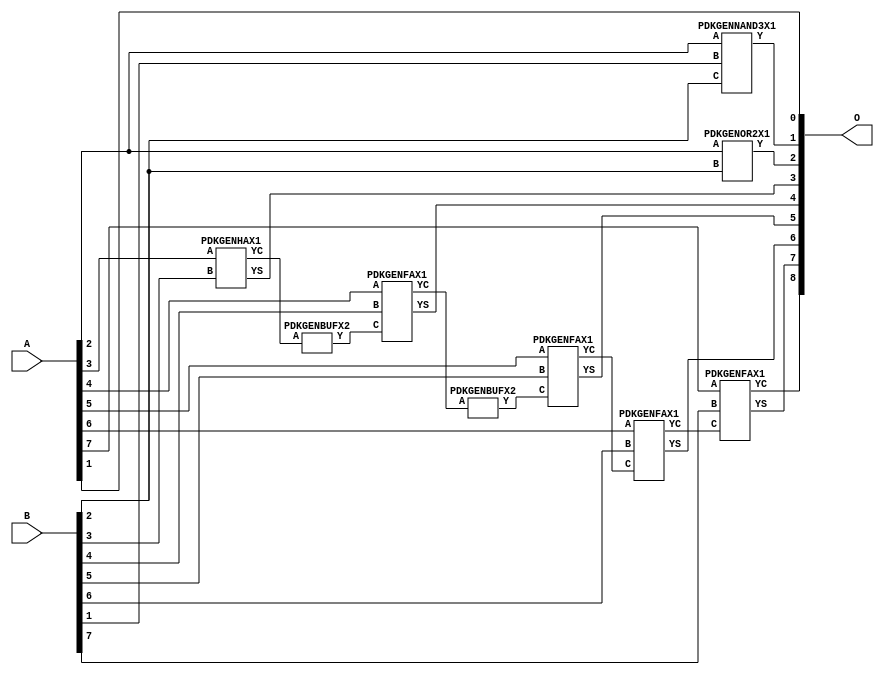
// Library = EvoApprox8b
// Circuit = add8_017
// Area   (180) = 676
// Delay  (180) = 1.120
// Power  (180) = 212.70
// Area   (45) = 50
// Delay  (45) = 0.440
// Power  (45) = 20.21
// Nodes = 9
// HD = 150656
// MAE = 2.21875
// MSE = 10.25000
// MRE = 1.18 %
// WCE = 9
// WCRE = 200 %
// EP = 81.2 %

module add8_017(A, B, O);
  input [7:0] A;
  input [7:0] B;
  output [8:0] O;
  wire [2031:0] N;

  assign N[0] = A[0];
  assign N[1] = A[0];
  assign N[2] = A[1];
  assign N[3] = A[1];
  assign N[4] = A[2];
  assign N[5] = A[2];
  assign N[6] = A[3];
  assign N[7] = A[3];
  assign N[8] = A[4];
  assign N[9] = A[4];
  assign N[10] = A[5];
  assign N[11] = A[5];
  assign N[12] = A[6];
  assign N[13] = A[6];
  assign N[14] = A[7];
  assign N[15] = A[7];
  assign N[16] = B[0];
  assign N[17] = B[0];
  assign N[18] = B[1];
  assign N[19] = B[1];
  assign N[20] = B[2];
  assign N[21] = B[2];
  assign N[22] = B[3];
  assign N[23] = B[3];
  assign N[24] = B[4];
  assign N[25] = B[4];
  assign N[26] = B[5];
  assign N[27] = B[5];
  assign N[28] = B[6];
  assign N[29] = B[6];
  assign N[30] = B[7];
  assign N[31] = B[7];

  PDKGENNAND3X1 n34(.A(N[4]), .B(N[18]), .C(N[20]), .Y(N[34]));
  PDKGENOR2X1 n132(.A(N[4]), .B(N[20]), .Y(N[132]));
  assign N[133] = N[132];
  PDKGENHAX1 n182(.A(N[6]), .B(N[22]), .YS(N[182]), .YC(N[183]));
  PDKGENBUFX2 n220(.A(N[183]), .Y(N[220]));
  assign N[221] = N[220];
  PDKGENFAX1 n232(.A(N[8]), .B(N[24]), .C(N[221]), .YS(N[232]), .YC(N[233]));
  PDKGENBUFX2 n252(.A(N[233]), .Y(N[252]));
  PDKGENFAX1 n282(.A(N[10]), .B(N[26]), .C(N[252]), .YS(N[282]), .YC(N[283]));
  PDKGENFAX1 n332(.A(N[12]), .B(N[28]), .C(N[283]), .YS(N[332]), .YC(N[333]));
  PDKGENFAX1 n382(.A(N[14]), .B(N[30]), .C(N[333]), .YS(N[382]), .YC(N[383]));

  assign O[0] = N[2];
  assign O[1] = N[34];
  assign O[2] = N[133];
  assign O[3] = N[182];
  assign O[4] = N[232];
  assign O[5] = N[282];
  assign O[6] = N[332];
  assign O[7] = N[382];
  assign O[8] = N[383];

endmodule
/* mod */
module PDKGENFAX1( input A, input B, input C, output YS, output YC );
    assign YS = (A ^ B) ^ C;
    assign YC = (A & B) | (B & C) | (A & C);
endmodule
/* mod */
module PDKGENOR2X1(input A, input B, output Y );
     assign Y = A | B;
endmodule
/* mod */
module PDKGENHAX1( input A, input B, output YS, output YC );
    assign YS = A ^ B;
    assign YC = A & B;
endmodule
/* mod */
module PDKGENNAND3X1(input A, input B, input C, output Y );
     assign Y = ~((A & B) & C);
endmodule
/* mod */
module PDKGENBUFX2(input A, output Y );
     assign Y = A;
endmodule